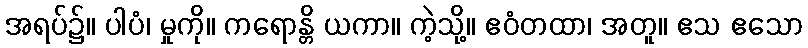
အရပ်၌။ ပါပံ၊ မှုကို။ ကရောန္တိ ယကာ။ ကဲ့သို့။ ဧဝံတထာ၊ အတူ။ ဧသ ဧသော